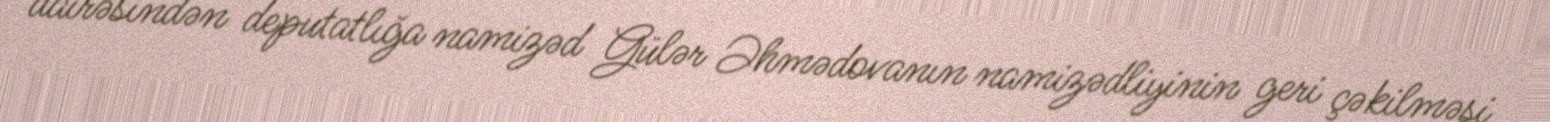
dairəsindən deputatlığa namizəd Gülər Əhmədovanın namizədliyinin geri çəkilməsi